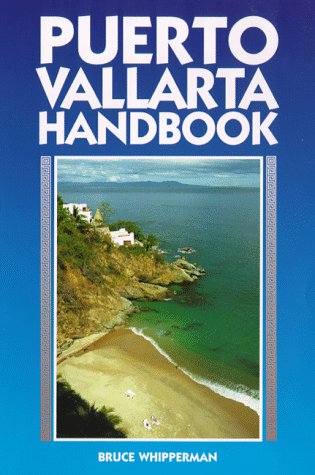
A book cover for Puerto Vallarta Handbook (Serial); Bruce Whipperman; Travel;